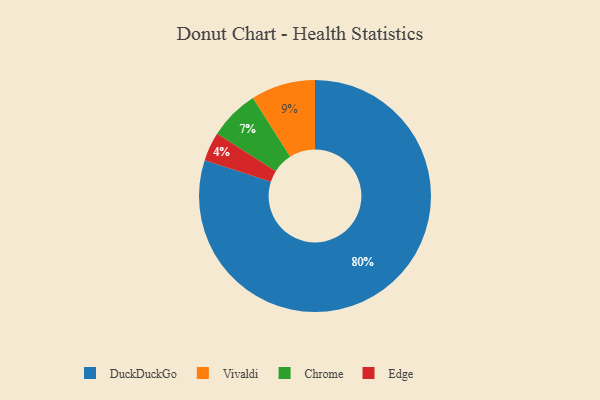
{"axis": {"x": "Category", "y": "Percentage"}, "legend": ["Chrome", "DuckDuckGo", "Edge", "Vivaldi"], "data": [{"x": "Edge", "y": 4, "type": "Edge"}, {"x": "Chrome", "y": 7, "type": "Chrome"}, {"x": "Vivaldi", "y": 9, "type": "Vivaldi"}, {"x": "DuckDuckGo", "y": 80, "type": "DuckDuckGo"}]}